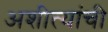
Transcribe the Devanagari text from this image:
अशीत्यांची